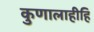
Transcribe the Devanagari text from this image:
कुणालाहीहि